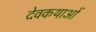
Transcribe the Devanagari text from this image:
देवकथाओं